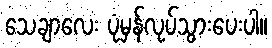
သေချာလေး ပုံမှန်လုပ်သွားပေးပါ။